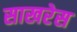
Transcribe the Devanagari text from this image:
साखरेस